Civil Veterinary Dept. Bombay admin report 1923-31 - 1923-1931
Year: 1923
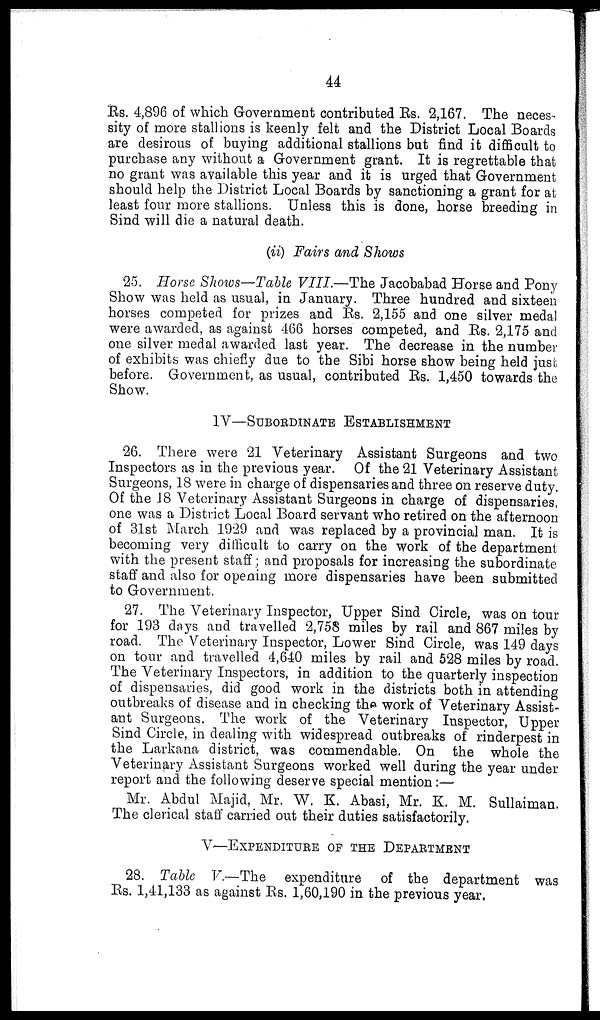
44
Rs. 4,896 of which Government contributed Rs. 2,167. The neces-
sity of more stallions is keenly felt and the District Local Boards
are desirous of buying additional stallions but find it difficult to
purchase any without a Government grant. It is regrettable that
no grant was available this year and it is urged that Government
should help the District Local Boards by sanctioning a grant for at
least four more stallions. Unless this is done, horse breeding in
Sind will die a natural death.
(ii) Fairs and Shows
25. Horse Shows—Table VIII.—The Jacobabad Horse and Pony
Show was held as usual, in January. Three hundred and sixteen
horses competed for prizes and Rs. 2,155 and one silver medal
were awarded, as against 466 horses competed, and Rs. 2,175 and
one silver medal awarded last year. The decrease in the number
of exhibits was chiefly due to the Sibi horse show being held just
before. Government, as usual, contributed Rs. 1,450 towards the
Show.
IV—SUBORDINATE ESTABLISHMENT
26. There were 21 Veterinary Assistant Surgeons and two
Inspectors as in the previous year. Of the 21 Veterinary Assistant
Surgeons, 18 were in charge of dispensaries and three on reserve duty.
Of the 18 Veterinary Assistant Surgeons in charge of dispensaries,
one was a District Local Board servant who retired on the afternoon
of 31st March 1929 and was replaced by a provincial man. It is
becoming very difficult to carry on the work of the department
with the present staff and proposals for increasing the subordinate
staff and also for opening more dispensaries have been submitted
to Government.
27. The Veterinary Inspector, Upper Sind Circle, was on tour
for 193 days and travelled 2,758 miles by rail and 867 miles by
road. The Veterinary Inspector, Lower Sind Circle, was 149 days
on tour and travelled 4,640 miles by rail and 528 miles by road.
The Veterinary Inspectors, in addition to the quarterly inspection
of dispensaries, did good work in the districts both in attending
outbreaks of disease and in checking the work of Veterinary Assist-
ant Surgeons. The work of the Veterinary Inspector, Upper
Sind Circle, in dealing with widespread outbreaks of rinderpest in
the Larkana district, was commendable. On the whole the
Veterinary Assistant Surgeons worked well during the year under
report and the following deserve special mention:—
Mr. Abdul Majid, Mr. W. K. Abasi, Mr. K. M. Sullaiman.
The clerical staff carried out their duties satisfactorily.
V—EXPENDITURE OF THE DEPARTMENT
28. Table V.—The expenditure of the department was
Rs. 1,41,133 as against Rs. 1,60,190 in the previous year.